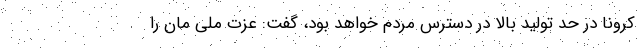
کرونا در حد تولید بالا در دسترس مردم خواهد بود، گفت: عزت ملی مان را